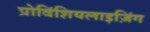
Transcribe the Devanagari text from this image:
प्रोविंशियलाइज़िंग